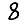
Digit: 8